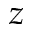
z